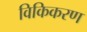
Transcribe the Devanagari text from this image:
विकिकरण